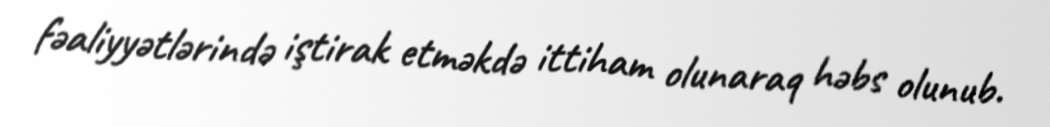
fəaliyyətlərində iştirak etməkdə ittiham olunaraq həbs olunub.